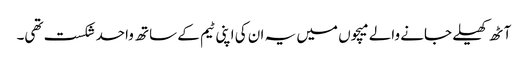
آٹھ کھیلے جانے والے میچوں میں یہ ان کی اپنی ٹیم کے ساتھ واحد شکست تھی۔